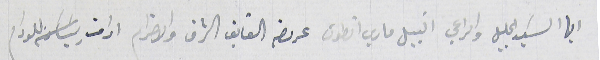
ايها السَيد الجليل والراعي النبيل ماري انطون عرىضه الفايق الشرف والاحترام ادامت ريسَاتكم للدوام